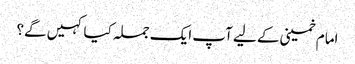
امام خمینی کے لیے آپ ایک جملہ کیا کہیں گے؟